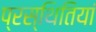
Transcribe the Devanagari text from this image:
प्रस्थितियां